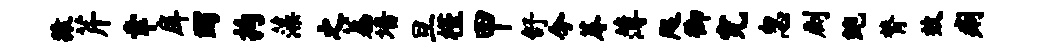
猿芹幸戽蠲拘藻之荔墙旦槿甲舒今蓐薄咫御究忽劂鲍膂效痢